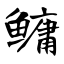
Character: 鳙